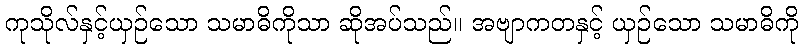
ကုသိုလ်နှင့်ယှဉ်သော သမာဓိကိုသာ ဆိုအပ်သည်။ အဗျာကတနှင့် ယှဉ်သော သမာဓိကို